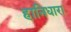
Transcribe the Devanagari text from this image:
हानिधारा